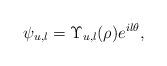
LaTeX: \begin{align*}\psi_{u,l} = \Upsilon_{u,l}(\rho)e^{il\theta},\end{align*}